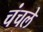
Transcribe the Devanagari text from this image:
चंचले